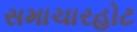
સમાચારહોટ